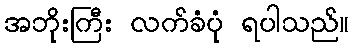
အဘိုးကြီး လက်ခံပုံ ရပါသည်။